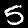
Digit: 5